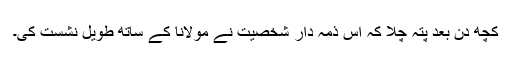
کچھ دن بعد پتہ چلا کہ اس ذمہ دار شخصیت نے مولانا کے ساتھ طویل نشست کی۔